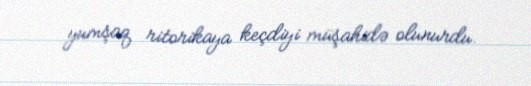
yumşaq ritorikaya keçdiyi müşahidə olunurdu.